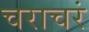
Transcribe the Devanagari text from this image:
चराचरं